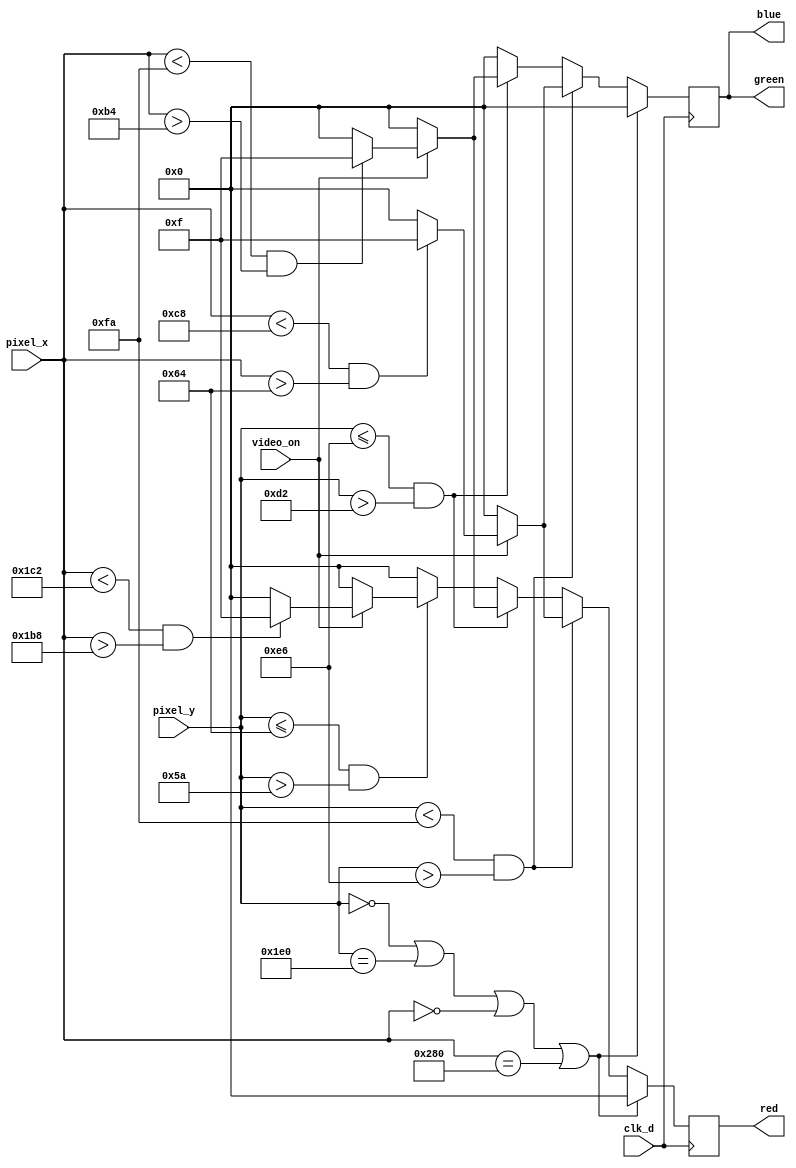
// Code your design here
`timescale 1ns / 1ps
//////////////////////////////////////////////////////////////////////////////////
// Company: 
// Engineer: 
// 
// Design Name: 
// Module Name: snake_dld
// Project Name: 
// Target Devices: 
// Tool Versions: 
// Description: 
// 
// Dependencies: 
// 
// Revision:
// Revision 0.01 - File Created
// Additional Comments:
// 
//////////////////////////////////////////////////////////////////////////////////


module pixel_geb (clk_d, pixel_x, pixel_y, video_on, red, green, blue);
input clk_d; 
input [9:0] pixel_x;
input [9:0] pixel_y;
input video_on; 
output [3:0] red;
output [3:0] green; 
output [3:0] blue;

reg [3:0] red; 
reg [3:0] green;
reg [3:0] blue; 
initial
begin 
red=0;
green=0; 
blue=0;
end

always @(posedge clk_d) begin

if ((pixel_y ==0) || (pixel_y==480) || (pixel_x==0) || (pixel_x==640)) begin

red <= 4'h0;
green <= 4'h0; 
blue <= 4'h0;

end

else if ((pixel_y<250)&(pixel_y>230)) begin 
red <= video_on?(((pixel_x <200) & (pixel_x >100))? 4'hF:4'h0): (4'h0); 
green <= video_on?(((pixel_x <200)&(pixel_x >100))? 4'hF:4 'h0): (4'h0); 
blue <= video_on?(((pixel_x <200) & (pixel_x >100))? 4'hF:4 'h0): (4'h0);

end

else if ((pixel_y<=230)&(pixel_y>210)) begin 
red <= video_on?(((pixel_x <250) & (pixel_x >180))? 4'hF:4'h0): (4'h0);
green <= video_on?(((pixel_x <250)&(pixel_x >180))? 4'hF:4 'h0): (4'h0);
blue <= video_on? (((pixel_x <250)&(pixel_x >180))? 4'hF:4 'h0): (4'h0);

end

else if ((pixel_y<=100) & (pixel_y>90)) begin

red <= video_on?(((pixel_x <450)&(pixel_x >440))? 4 'hF:4'h0): (4'h0);
green <= 4'h0; 
blue <= 4'h0;

end else begin

blue <= 4'h0; 
green <= 4'h0;

red <= 4'h0;

end

end

endmodule
//////////////////////////////////////////////////////////////////////////